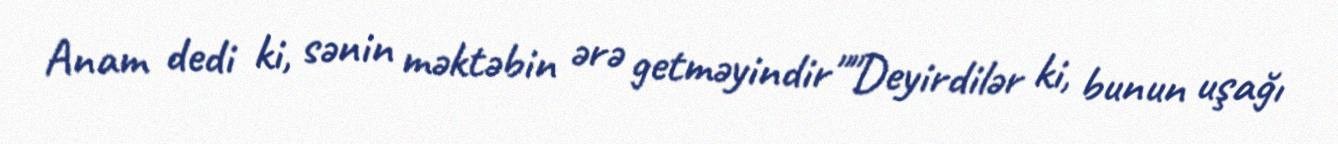
Anam dedi ki, sənin məktəbin ərə getməyindir""Deyirdilər ki, bunun uşağı